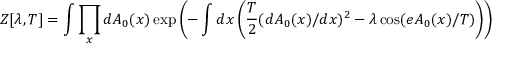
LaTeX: Z [ \lambda , T ] = \int \prod _ { x } d A _ { 0 } ( x ) \exp \left( - \int d x \left( \frac { T } { 2 } ( d A _ { 0 } ( x ) / d x ) ^ { 2 } - \lambda \cos ( e A _ { 0 } ( x ) / T ) \right) \right)